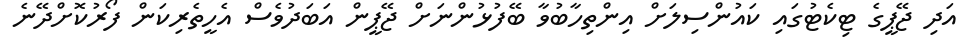
އަދި ޖޭޕީގެ ޓިކެޓުގައި ކައުންސިލަށް އިންތިހާބުވާ ބޭފުޅުންނަށް ޖޭޕީން އަބަދުވެސް އެހީތެރިކަން ފޯރުކޮށްދޭނެ